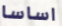
اساسا